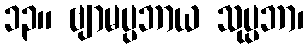
၁၃။ ဗျာမပ္ပဘာယ သုပ္ပဘာ၊